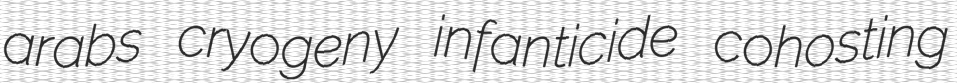
arabs cryogeny infanticide cohosting